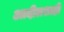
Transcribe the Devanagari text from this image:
आदीलशाही